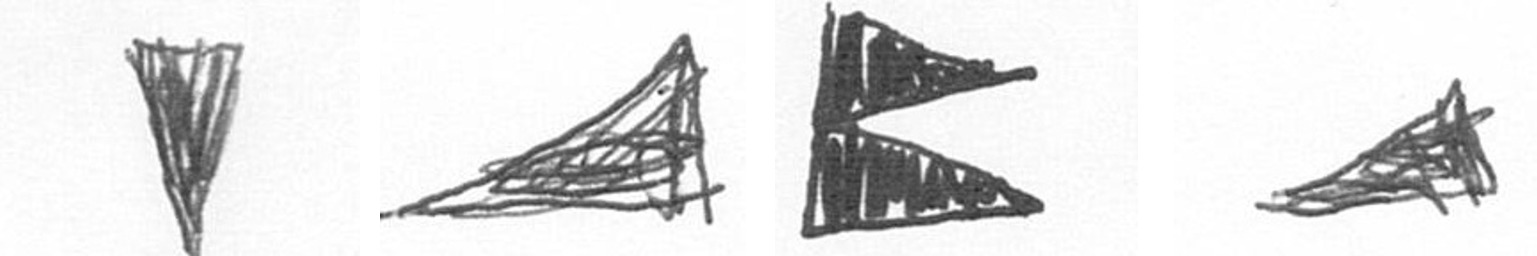
J O P O